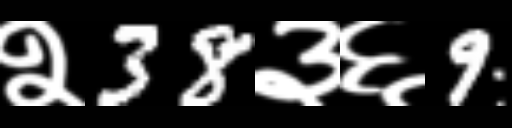
Text: २38३६9